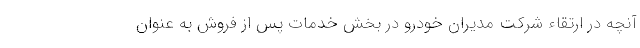
آنچه در ارتقاء شرکت مدیران خودرو در بخش خدمات پس از فروش به عنوان